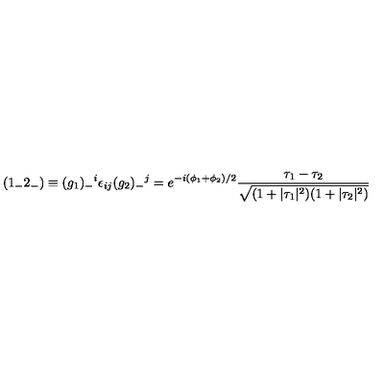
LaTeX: ( { 1 _ { - } 2 _ { - } } ) \equiv ( g _ { 1 } ) _ { - } { } ^ { i } \epsilon _ { i j } ( g _ { 2 } ) _ { - } { } ^ { j } = e ^ { - i { ( \phi _ { 1 } + \phi _ { 2 } ) / 2 } } \frac { \tau _ { 1 } - \tau _ { 2 } } { \sqrt { ( 1 + | \tau _ { 1 } | ^ { 2 } ) ( 1 + | \tau _ { 2 } | ^ { 2 } ) } }